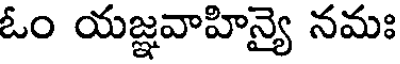
ఓం యజ్ఞవాహిన్యై నమః